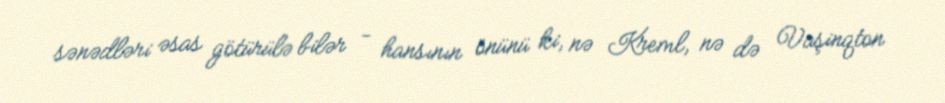
sənədləri əsas götürülə bilər - hansının önünü ki, nə Kreml, nə də Vaşinqton